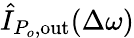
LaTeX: \hat{I}_{P_{o},\mathrm{out}}(\Delta\omega)